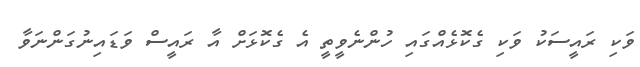
ވަކި ރައީސަކު ވަކި ގެކޮޅެއްގައި ހުންނެވީތީ އެ ގެކޮޅަށް އާ ރައީސް ވަޑައިނުގަންނަވާ